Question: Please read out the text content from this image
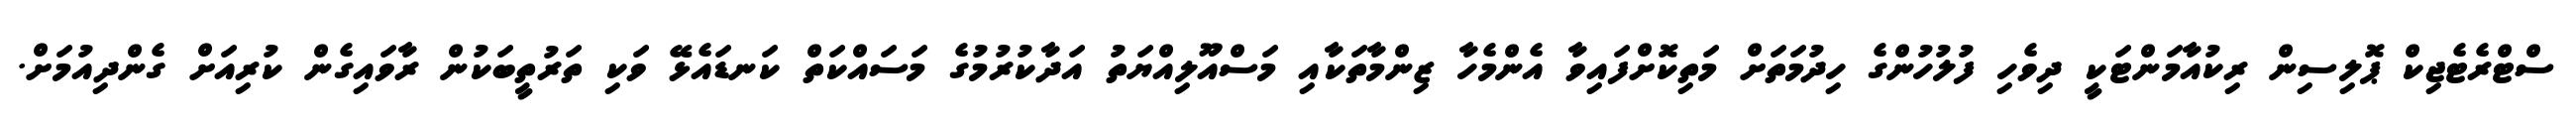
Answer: ސްޓްރެޓެޖިކް ޕޮލިސިން ރިކުއާމަންޓަކީ ދިވެހި ފުލުހުންގެ ހިދުމަތަށް މަތިކޮށްފައިވާ އެންމެހާ ޒިންމާތަކާއި މަސްއޫލިއްޔަތު އަދާކުރުމުގެ މަސައްކަތް ކަނޑައެޅޭ ވަކި ތަރުތީބަކުން ރާވައިގެން ކުރިއަށް ގެންދިއުމަށް.